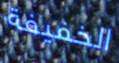
الخفيفة